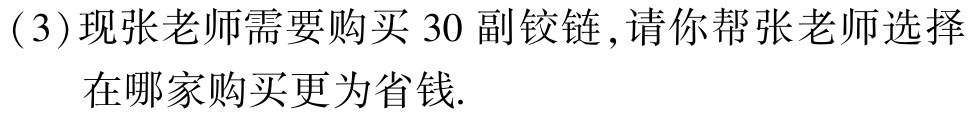
(3)现张老师需要购买 30 副铰链,请你帮张老师选择
在哪家购买更为省钱.